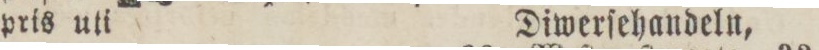
pris uti    Diwerſehandeln,